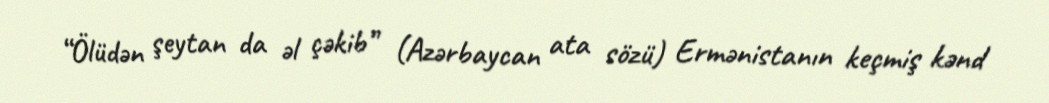
“Ölüdən şeytan da əl çəkib” (Azərbaycan ata sözü) Ermənistanın keçmiş kənd